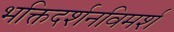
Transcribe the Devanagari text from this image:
भक्तिदर्शनविमर्श